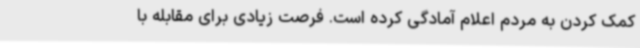
کمک کردن به مردم اعلام آمادگی کرده است. فرصت زیادی برای مقابله با